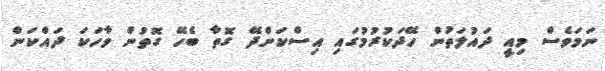
ނަމަވެސް މިއީ ދައުލަތުން ހޭދަކުރުމުގައި އިސްކަންދޭ ގޮތާ ބެހޭ ގޮތުން ވާހަކަ ދައްކަން